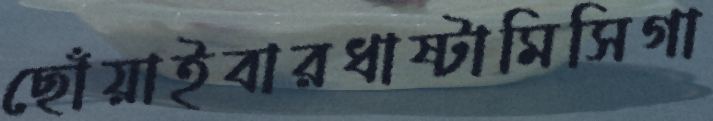
ছোঁয়াইবারধাষ্টামিসিগা